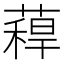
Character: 𮑉